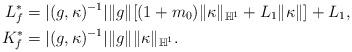
LaTeX: \begin{align*}L_f^* &=|(g,\kappa)^{-1}| \|g\| [(1+m_0)\|\kappa\|_{\mathbb H^1} + L_1\|\kappa\|] + L_1,\\K_f^* &= |(g,\kappa)^{-1}| \|g\|\|\kappa\|_{\mathbb H^1}.\end{align*}